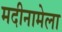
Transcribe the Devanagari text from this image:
मदीनामेला